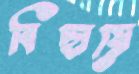
বিছায়ে